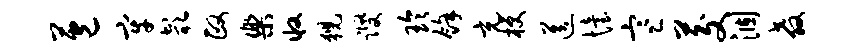
苞牢欹政乐收猊躞玲余充梗送怡寒茭涸教